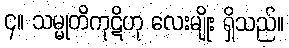
၄။ သမ္မုတိကုဋိဟု လေးမျိုး ရှိသည်။